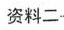
资料二